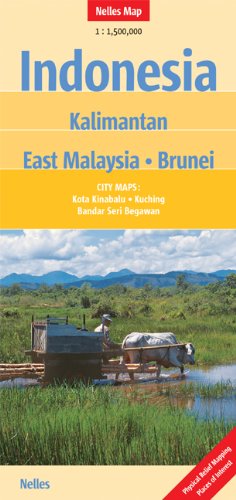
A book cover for Indonesia :  Kalimantan, East Malaysia, Brunei; Nelles Verlag GmbH; Travel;